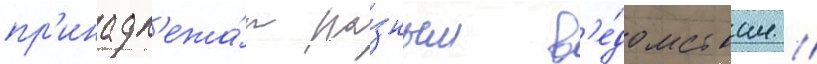
пр'инадл'ежа́т ра́зным в'е́домствам //